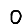
Digit: 0